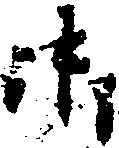
御